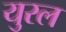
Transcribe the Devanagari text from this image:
युरल